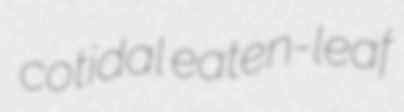
cotidal eaten-leaf